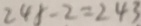
2 4 5 - 2 = 2 4 3